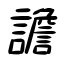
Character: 譫